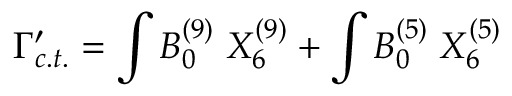
\Gamma _ { c . t . } ^ { \prime } = \int B _ { 0 } ^ { ( 9 ) } \; X _ { 6 } ^ { ( 9 ) } + \int B _ { 0 } ^ { ( 5 ) } \; X _ { 6 } ^ { ( 5 ) }